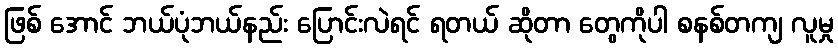
ဖြစ် အောင် ဘယ်ပုံဘယ်နည်း ပြောင်းလဲရင် ရတယ် ဆိုတာ တွေကိုပါ စနစ်တကျ လူမှု